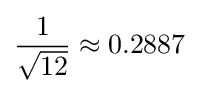
{\frac {1}{\sqrt {12}}}\approx 0.2887